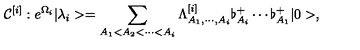
{ \cal C } ^ { [ i ] } : e ^ { \Omega _ { i } } | \lambda _ { i } > = \sum _ { A _ { 1 } < A _ { 2 } < \cdots < A _ { i } } \Lambda _ { A _ { 1 } , \cdots , A _ { i } } ^ { [ i ] } \flat _ { A _ { i } } ^ { + } \cdots \flat _ { A _ { 1 } } ^ { + } | 0 > ,